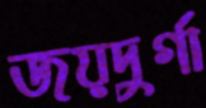
জয়দুর্গা